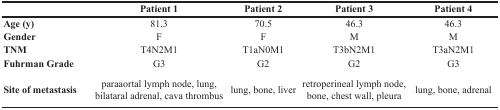
|  | Patient 1 | Patient 2 | Patient 3 | Patient 4 |
 | --- | --- | --- | --- | --- |
 | Age (y) | 81.3 | 70.5 | 46.3 | 46.3 |
 | Gender | F | F | M | M |
 | TNM | T4N2M1 | T1aN0M1 | T3bN2M1 | T3aN2M1 |
 | Fuhrman Grade | G3 | G2 | G2 | G3 |
 | Site of metastasis | paraaortal lymph node, lung, bilataral adrenal, cava thrombus | lung, bone, liver | retroperineal lymph node, bone, chest wall, pleura | lung, bone, adrenal |